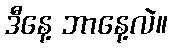
ဒီနေ့ ဘာနေ့လဲ။